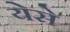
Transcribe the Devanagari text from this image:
येसे